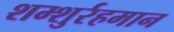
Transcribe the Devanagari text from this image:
शम्शुर्रहमान